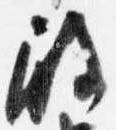
殿